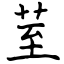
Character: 荎